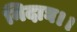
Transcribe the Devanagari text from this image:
निदाघ।।